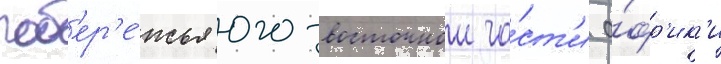
поб'ер'е́жья юго-восточнои ча́ст'и а́фр'ик'и